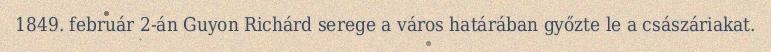
1849. február 2-án Guyon Richárd serege a város határában győzte le a császáriakat.